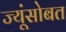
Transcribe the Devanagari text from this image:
ज्यूंसोबत